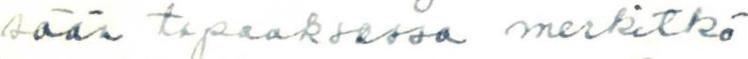
sään tapauksessa merkitkö